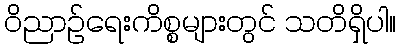
ဝိညာဉ်ရေးကိစ္စများတွင် သတိရှိပါ။